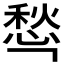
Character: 𰒁